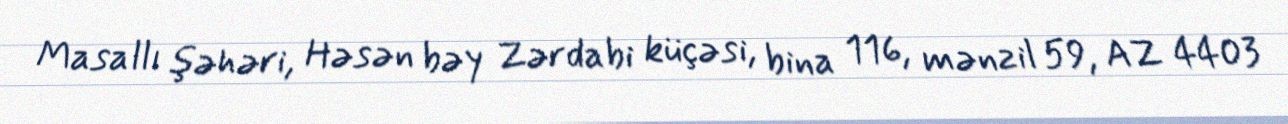
Masallı şəhəri, Həsən bəy Zərdabi küçəsi, bina 116, mənzil 59, AZ 4403